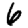
Digit: 6